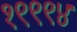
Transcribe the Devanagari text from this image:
१९९९४